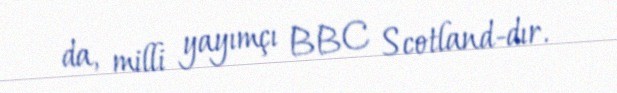
da, milli yayımçı BBC Scotland-dır.